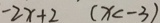
- 2 x + 2 ( x < - 3 )